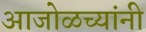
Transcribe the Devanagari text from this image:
आजोळच्यांनी